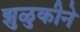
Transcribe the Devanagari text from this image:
झुळुकीने